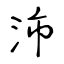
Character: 沛